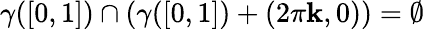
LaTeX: \gamma([0,1])\cap(\gamma([0,1])+(2\pi\mathbf{k},0))=\emptyset